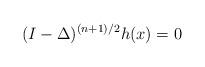
LaTeX: \begin{align*} (I - \Delta)^{(n+1)/2} h (x) = 0 \end{align*}